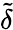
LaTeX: \tilde{\delta}